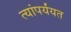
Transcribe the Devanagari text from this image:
त्यांपर्यंयत